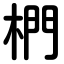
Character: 椚